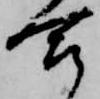
合